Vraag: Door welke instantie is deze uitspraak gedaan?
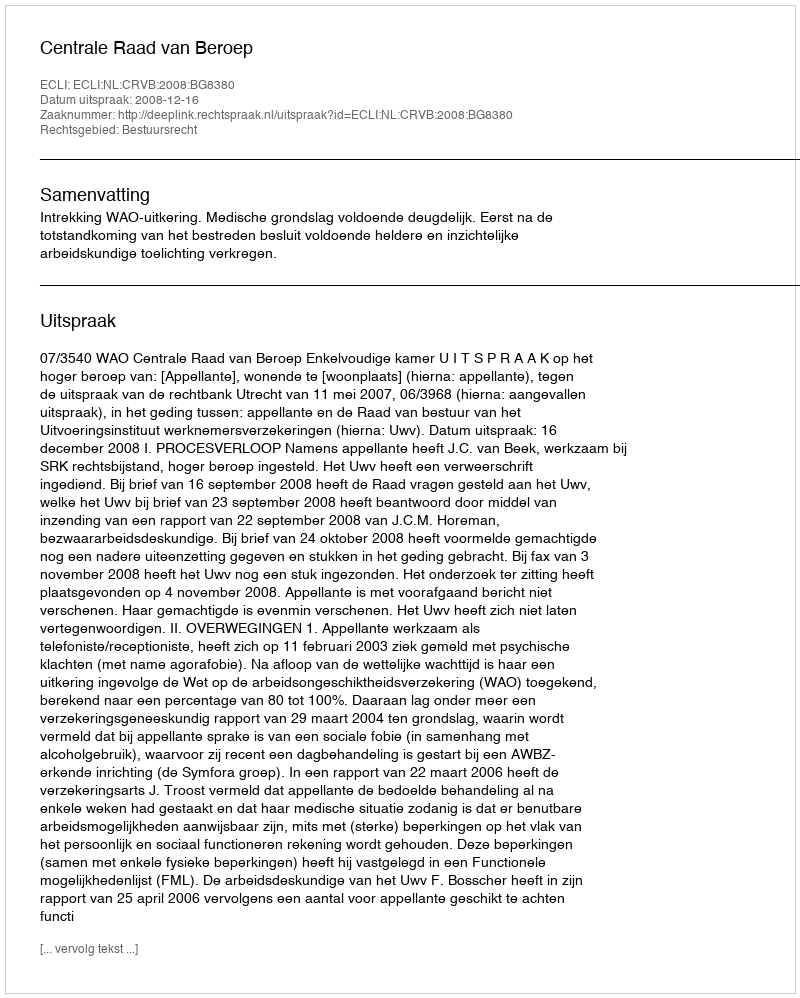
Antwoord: Centrale Raad van Beroep